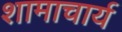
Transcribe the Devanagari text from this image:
शामाचार्य